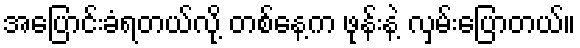
အပြောင်းခံရတယ်လို့ တစ်နေ့က ဖုန်းနဲ့ လှမ်းပြောတယ်။